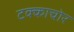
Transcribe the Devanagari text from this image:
टक्काचोर